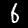
Digit: 6